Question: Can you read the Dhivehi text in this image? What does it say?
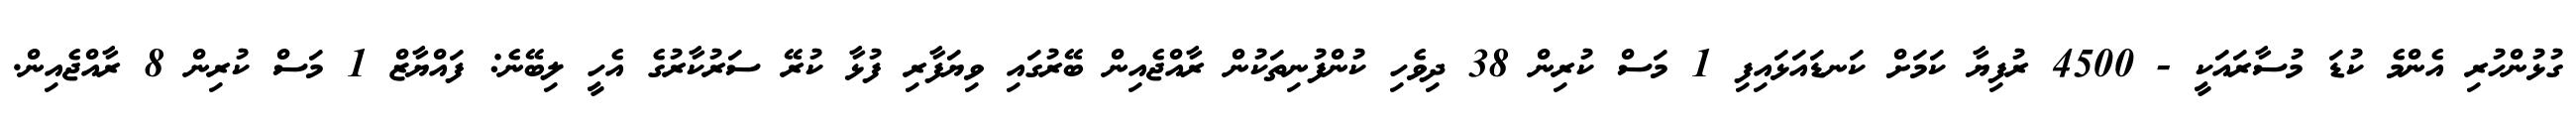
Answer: ގުޅުންހުރި އެންމެ ކުޑަ މުސާރައަކީ - 4500 ރުފިޔާ ކަމަށް ކަނޑައަޅައިފި 1 މަސް ކުރިން 38 ދިވެހި ކުންފުނިތަކުން ރާއްޖެއިން ބޭރުގައި ވިޔަފާރި ފުޅާ ކުރޭ ސަރުކާރުގެ އެހީ ލިބޭނެ: ފައްޔާޒް 1 މަސް ކުރިން 8 ރާއްޖެއިން.